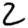
Digit: 2